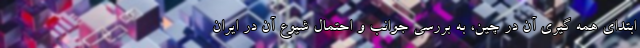
ابتدای همه گیری آن در چین، به بررسی جوانب و احتمال شیوع آن در ایران